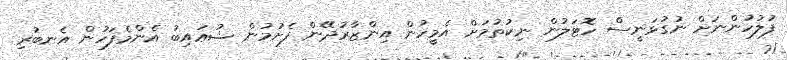
ފުލުހުންނަށް ނުގުޅަނީސް ހޮޓަލުން ނިކުތުމަށް އެމީހުން އިންޒާރުދޭން ފެށުމުން ޝުޢައިބު އެންމެފަހުން އެނބުރި